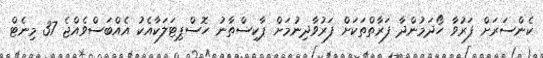
ކެންސަރަށް ފަރުވާ ހޯދަމުންދާ ފަރާތްތަކަށް ފަރުވާދިނުމަށް ޕާކިސްތާނު ހޮސްޕިޓަލަކާއެކު އެއްބަސްވެއްޖެ 37 މިނެޓް